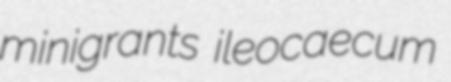
minigrants ileocaecum